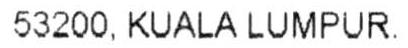
53200, KUALA LUMPUR.